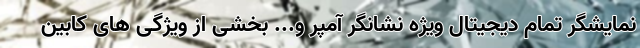
نمایشگر تمام دیجیتال ویژه نشانگر آمپر و... بخشی از ویژگی های کابین